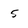
Character: 5